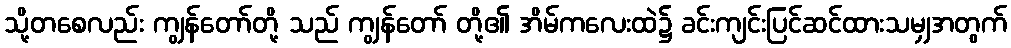
သို့တစေလည်း ကျွန်တော်တို့ သည် ကျွန်တော် တို့၏ အိမ်ကလေးထဲ၌ ခင်းကျင်းပြင်ဆင်ထားသမျှအတွက်